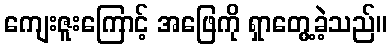
ကျေးဇူးကြောင့် အဖြေကို ရှာတွေ့ခဲ့သည်။